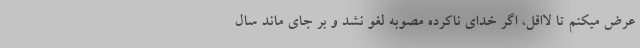
عرض میکنم تا لااقل، اگر خدای ناکرده مصوبه لغو نشد و بر جای ماند سال